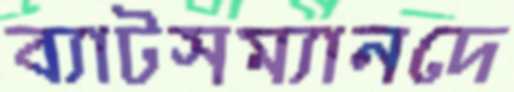
ব্যাটসম্যানদে